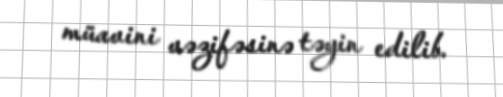
müavini vəzifəsinə təyin edilib.